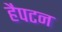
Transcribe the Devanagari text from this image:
हैपटन